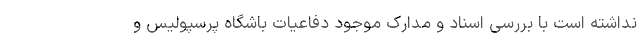
نداشته است با بررسی اسناد و مدارک موجود دفاعیات باشگاه پرسپولیس و